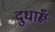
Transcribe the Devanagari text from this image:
दुधारूँ